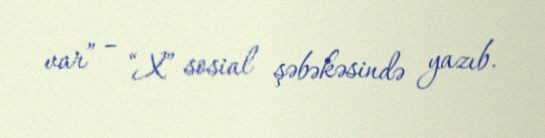
var” – “X” sosial şəbəkəsində yazıb.